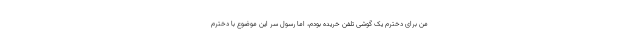
من برای دخترم یک گوشی تلفن خریده بودم، اما رسول سر این موضوع با دخترم